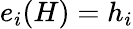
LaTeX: e_{i}(H)=h_{i}